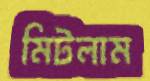
মিটলাম